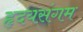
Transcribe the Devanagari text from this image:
हृदयसंगम